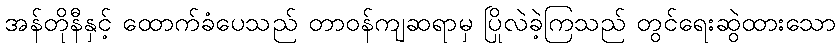
အန်တိုနီနှင့် ထောက်ခံပေသည် တာဝန်ကျဆရာမှ ပြိုလဲခဲ့ကြသည် တွင်ရေးဆွဲထားသော